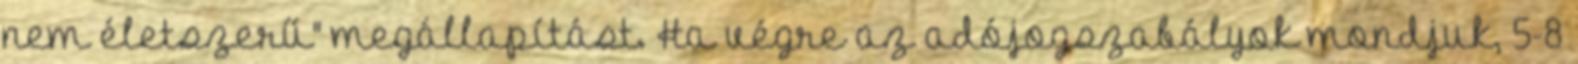
nem életszerű" megállapítást. Ha végre az adójogszabályok mondjuk, 5-8